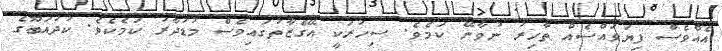
އެއްވެސް ފިޔަވައްސެއް ތާހިރު ނުވާނޭ ކަމެވެ. ސިހުރަކީ އޭގެޒާތުގައިވެސް މުޑުދާރު ކަމެކެވެ. ކުދުއަބޫގެ